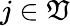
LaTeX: j\in\mathfrak{V}